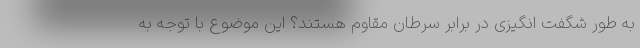
به طور شگفت انگیزی در برابر سرطان مقاوم هستند؟ این موضوع با توجه به